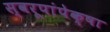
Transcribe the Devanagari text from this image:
स्वरूपांपेक्षा